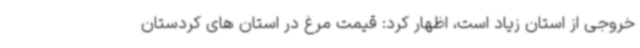
خروجی از استان زیاد است، اظهار کرد: قیمت مرغ در استان های کردستان